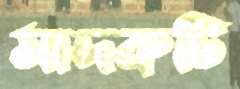
মাদকটি